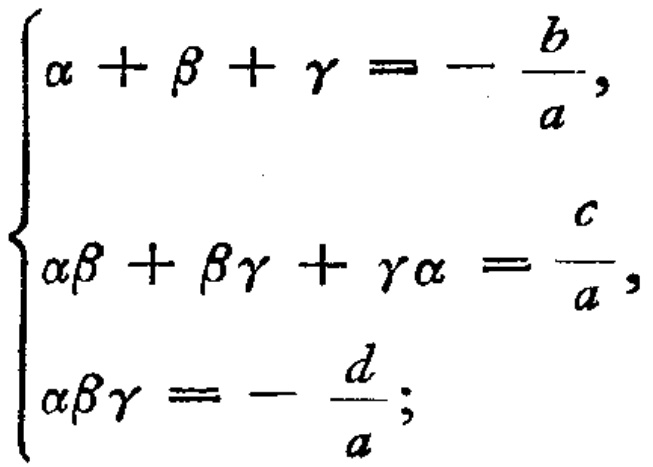
\[
\begin{cases}
\alpha+\beta+\gamma = -\frac{b}{a},\\
\alpha\beta+\beta\gamma+\gamma\alpha=\frac{c}{a},\\
\alpha\beta\gamma = -\frac{d}{a};
\end{cases}
\]